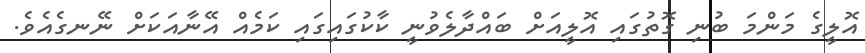
އޮލީގެ މަންމަ ބުނި ގޮތުގައި އޮލީއަށް ބައްދާލެވުނީ ކާކުގައިގައި ކަމެއް އޭނާއަކަށް ނޭނގެއެވެ.